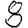
Digit: 8